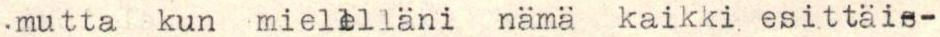
.mutta kun mielelläni nämä kaikki esittäi--